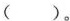
()。